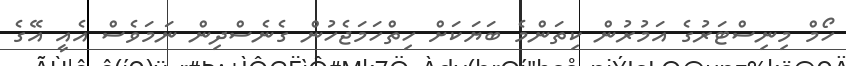
ހޯމް މިނިސްޓަރުގެ އަމުރުން ކިތަންމެ ބަޔަކަށް ހިތްހަމަޖެހުން ގެނެސްދިން ނަމަވެސް އެއީ އޭގެ